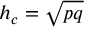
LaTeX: h _ { c } = { \sqrt { p q } }